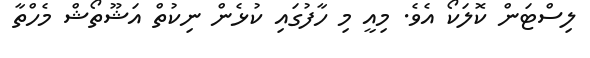
ލިސްޓަން ކޮލަކޯ އެވެ. މިއީ މި ހާފުގައި ކުޅެން ނިކުތް އަޝޫތޯޝް މެހްތާ